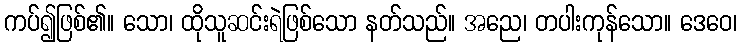
ကပ်၍ဖြစ်၏။ သော၊ ထိုသူဆင်းရဲဖြစ်သော နတ်သည်။ အညေ၊ တပါးကုန်သော။ ဒေဝေ၊